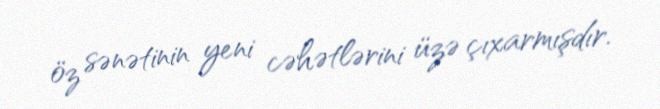
öz sənətinin yeni cəhətlərini üzə çıxarmışdır.